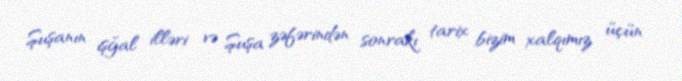
Şuşanın işğal illəri və Şuşa zəfərindən sonrakı tarix bizim xalqımız üçün